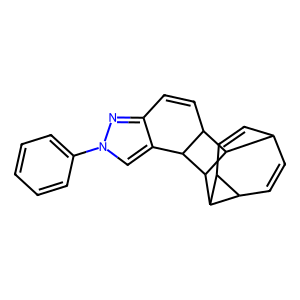
SMILES: C1=CC2C(c3cn(-c4ccccc4)nc31)C1C2C2C=CC3C(C=C2)C31
Inhibits HIV replication: No